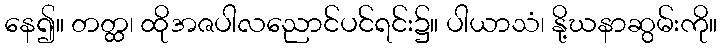
နေ၍။ တတ္ထ၊ ထိုအဇပါလညောင်ပင်ရင်း၌။ ပါယာသံ၊ နို့ဃနာဆွမ်းကို။